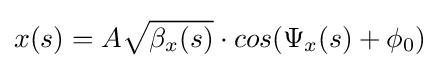
x(s)=A{\sqrt {\beta _{x}(s)}}\cdot cos(\Psi _{x}(s)+\phi _{0})